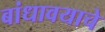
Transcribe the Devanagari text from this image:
बांधावयाचे